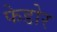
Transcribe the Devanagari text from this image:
फेडोर